Civil Veterinary Department. Madras. Admin. report 1926-33 - 1926-1933
Year: 1926
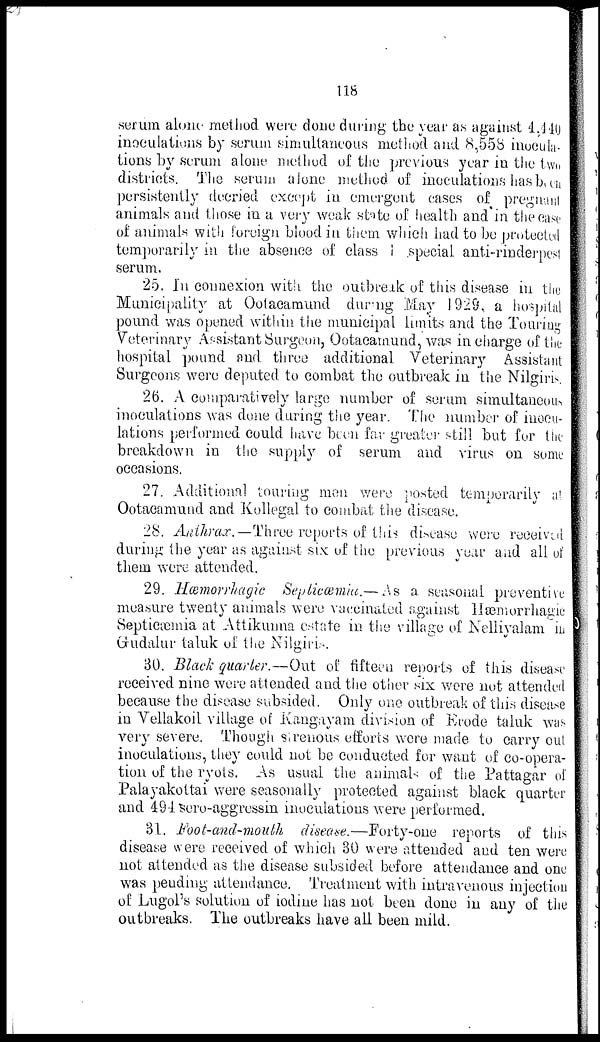
118
serum alone method were done during the year as against 4,440
inoculations by serum simultaneous method and 8,558 inocula-
tions by serum alone method of the previous year in the two
districts. The serum alone method of inoculations has been
persistently decried except in emergent cases of pregnant
animals and those in a very weak state of health and in the case
of animals with foreign blood in them which had to be protected
temporarily in the absence of class l special anti-rinderpest
serum.
25. In connexion with the outbreak of this disease in the
Municipality at Ootacamund during May 1929, a hospital
pound was opened within the municipal limits and the Touring
Veterinary Assistant Surgeon, Ootacamund, was in charge of the
hospital pound and three additional Veterinary Assistant
Surgeons were deputed to combat the outbreak in the Nilgiris.
26. A comparatively large number of serum simultaneous
inoculations was done during the year. The number of inocu-
lations performed could have been far greater still but for the
breakdown in the supply of serum and virus on some
occasions.
27. Additional touring men were posted temporarily at
Ootacamund and Kollegal to combat the disease.
28. Anthrax.—Three reports of this disease were received
during the year as against six of the previous year and all of
them were attended.
29. Hæmorrhagic Septicæmia.— As a seasonal preventive
measure twenty animals were vaccinated against Hæmorrhagic
Septicæmia at Attikunna estate in the village of Nelliyalam in
Gudalur taluk of the Nilgiris.
30. Black quarter.—Out of fifteen reports of this disease
received nine were attended and the other six were not attended
because the disease subsided. Only one outbreak of this disease
in Vellakoil village of Kangayam division of Erode taluk was
very severe. Though sirenous efforts were made to carry out
inoculations, they could not be conducted for want of co-opera-
tion of the ryots. As usual the animals of the Pattagar of
Palayakottai were seasonally protected against black quarter
and 494 sero-aggressin inoculations were performed.
31. Foot-and-mouth disease.—Forty-one reports of this
disease were received of which 30 were attended and ten were
not attended as the disease subsided before attendance and one
was pending attendance. Treatment with intravenous injection
of Lugol's solution of iodine has not been done in any of the
outbreaks. The outbreaks have all been mild.